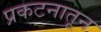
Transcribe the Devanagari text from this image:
प्रकटनातून